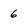
Character: 6